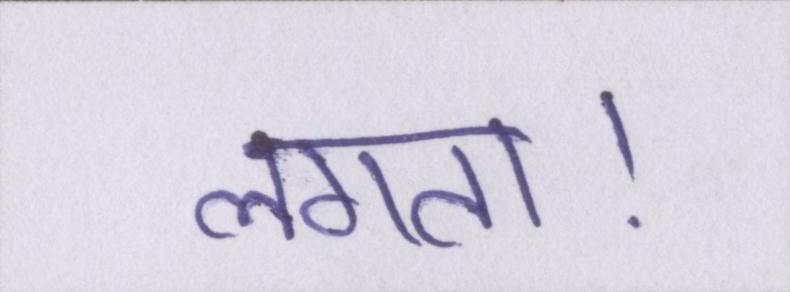
लगता।